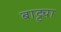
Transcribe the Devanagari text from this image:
बाट्ट्या